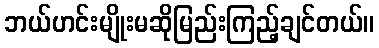
ဘယ်ဟင်းမျိုးမဆိုမြည်းကြည့်ချင်တယ်။